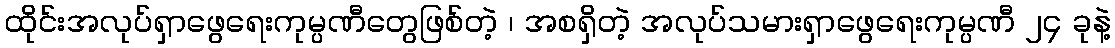
ထိုင်းအလုပ်ရှာဖွေရေးကုမ္ပဏီတွေဖြစ်တဲ့ ၊ အစရှိတဲ့ အလုပ်သမားရှာဖွေရေးကုမ္ပဏီ ၂၄ ခုနဲ့